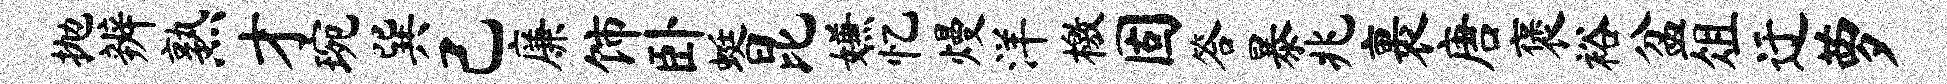
抛辨熟才琬巽己廉饰卧蜓昆嫌忆熳洋檄固答暴兆裹唐褒裕盆俎迂萝